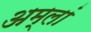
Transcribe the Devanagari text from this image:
अम्लां